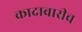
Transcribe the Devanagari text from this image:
कादाबारीच